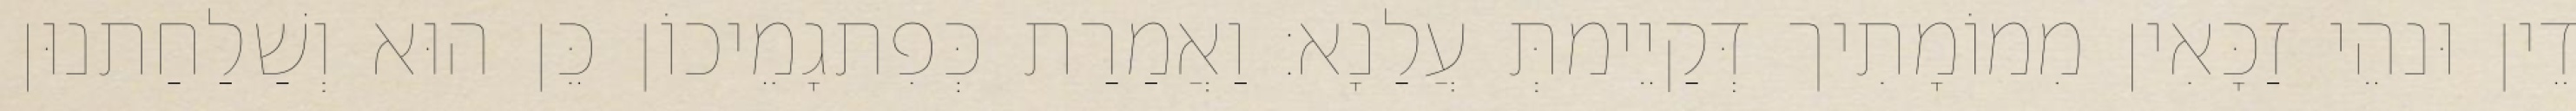
דֵין וּנהֵי זַכָּאִין מִמוֹמָתִיך דְּקַיֵימתְּ עֲלַנָא׃ וַאֲמַרַת כְּפִתגָמֵיכוֹן כֵּן הוּא וְשַׁלַחַתנוּן